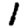
Digit: 1